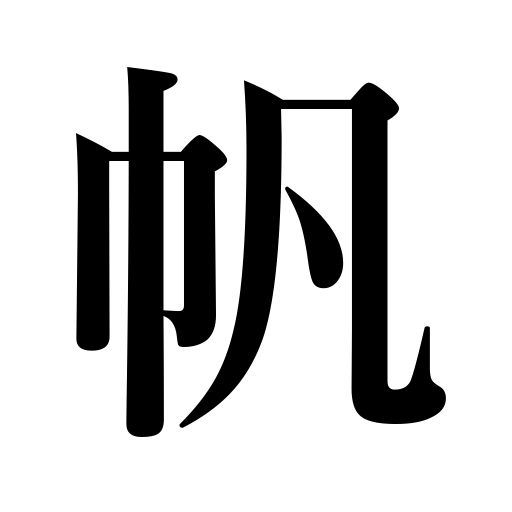
Meanings: sail